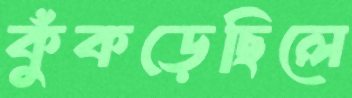
কুঁকড়েছিলে